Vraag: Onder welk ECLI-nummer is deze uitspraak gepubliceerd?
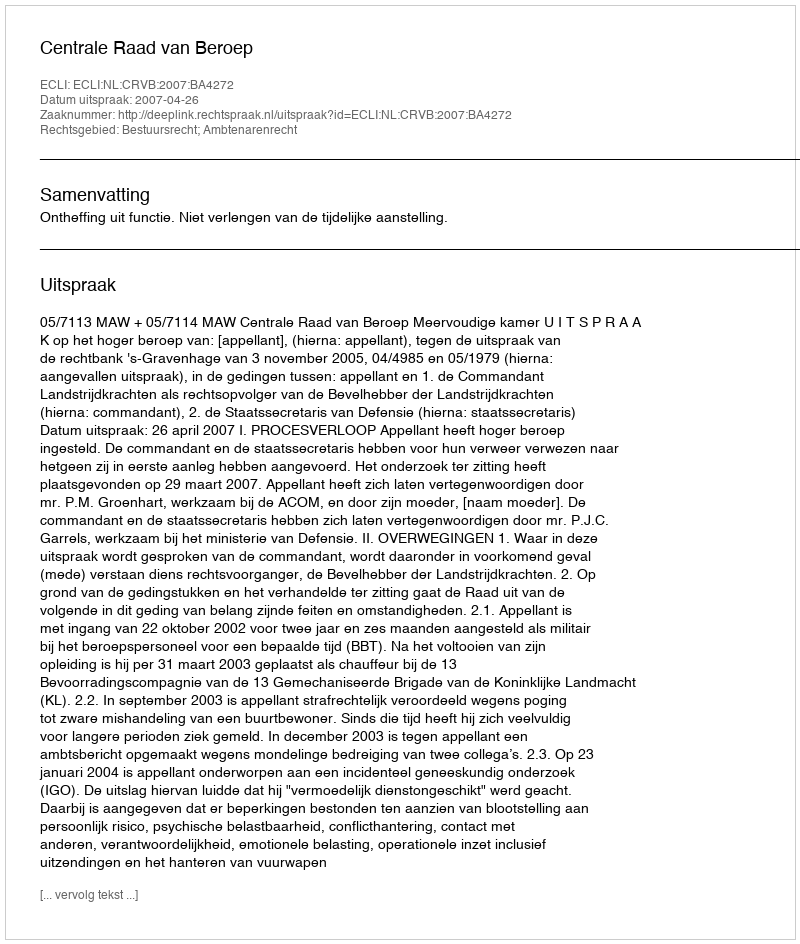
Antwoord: ECLI:NL:CRVB:2007:BA4272